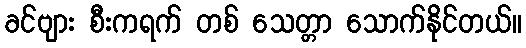
ခင်ဗျား စီးကရက် တစ် သေတ္တာ သောက်နိုင်တယ်။